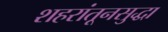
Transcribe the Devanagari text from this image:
शहरांतूनसुद्धा